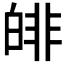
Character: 𤾅